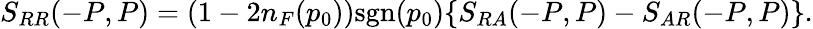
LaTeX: S_{RR}(-P,P)=(1-2n_{F}(p_{0}))\mathrm{sgn}(p_{0})\{ S_{RA}(-P,P)-S_{AR}(-P,P)\} .